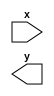
`timescale 1ns / 1ps
//////////////////////////////////////////////////////////////////////////////////
// Company: 
// Engineer: 
// 
// Design Name: 
// Module Name: boolean_algebra_tb
// Project Name: 
// Target Devices: 
// Tool Versions: 
// Description: 
// 
// Dependencies: 
// 
// Revision:
// Revision 0.01 - File Created
// Additional Comments:
// 
//////////////////////////////////////////////////////////////////////////////////


module boolean_algebra_tb(
    input x,
    output y
    );
endmodule